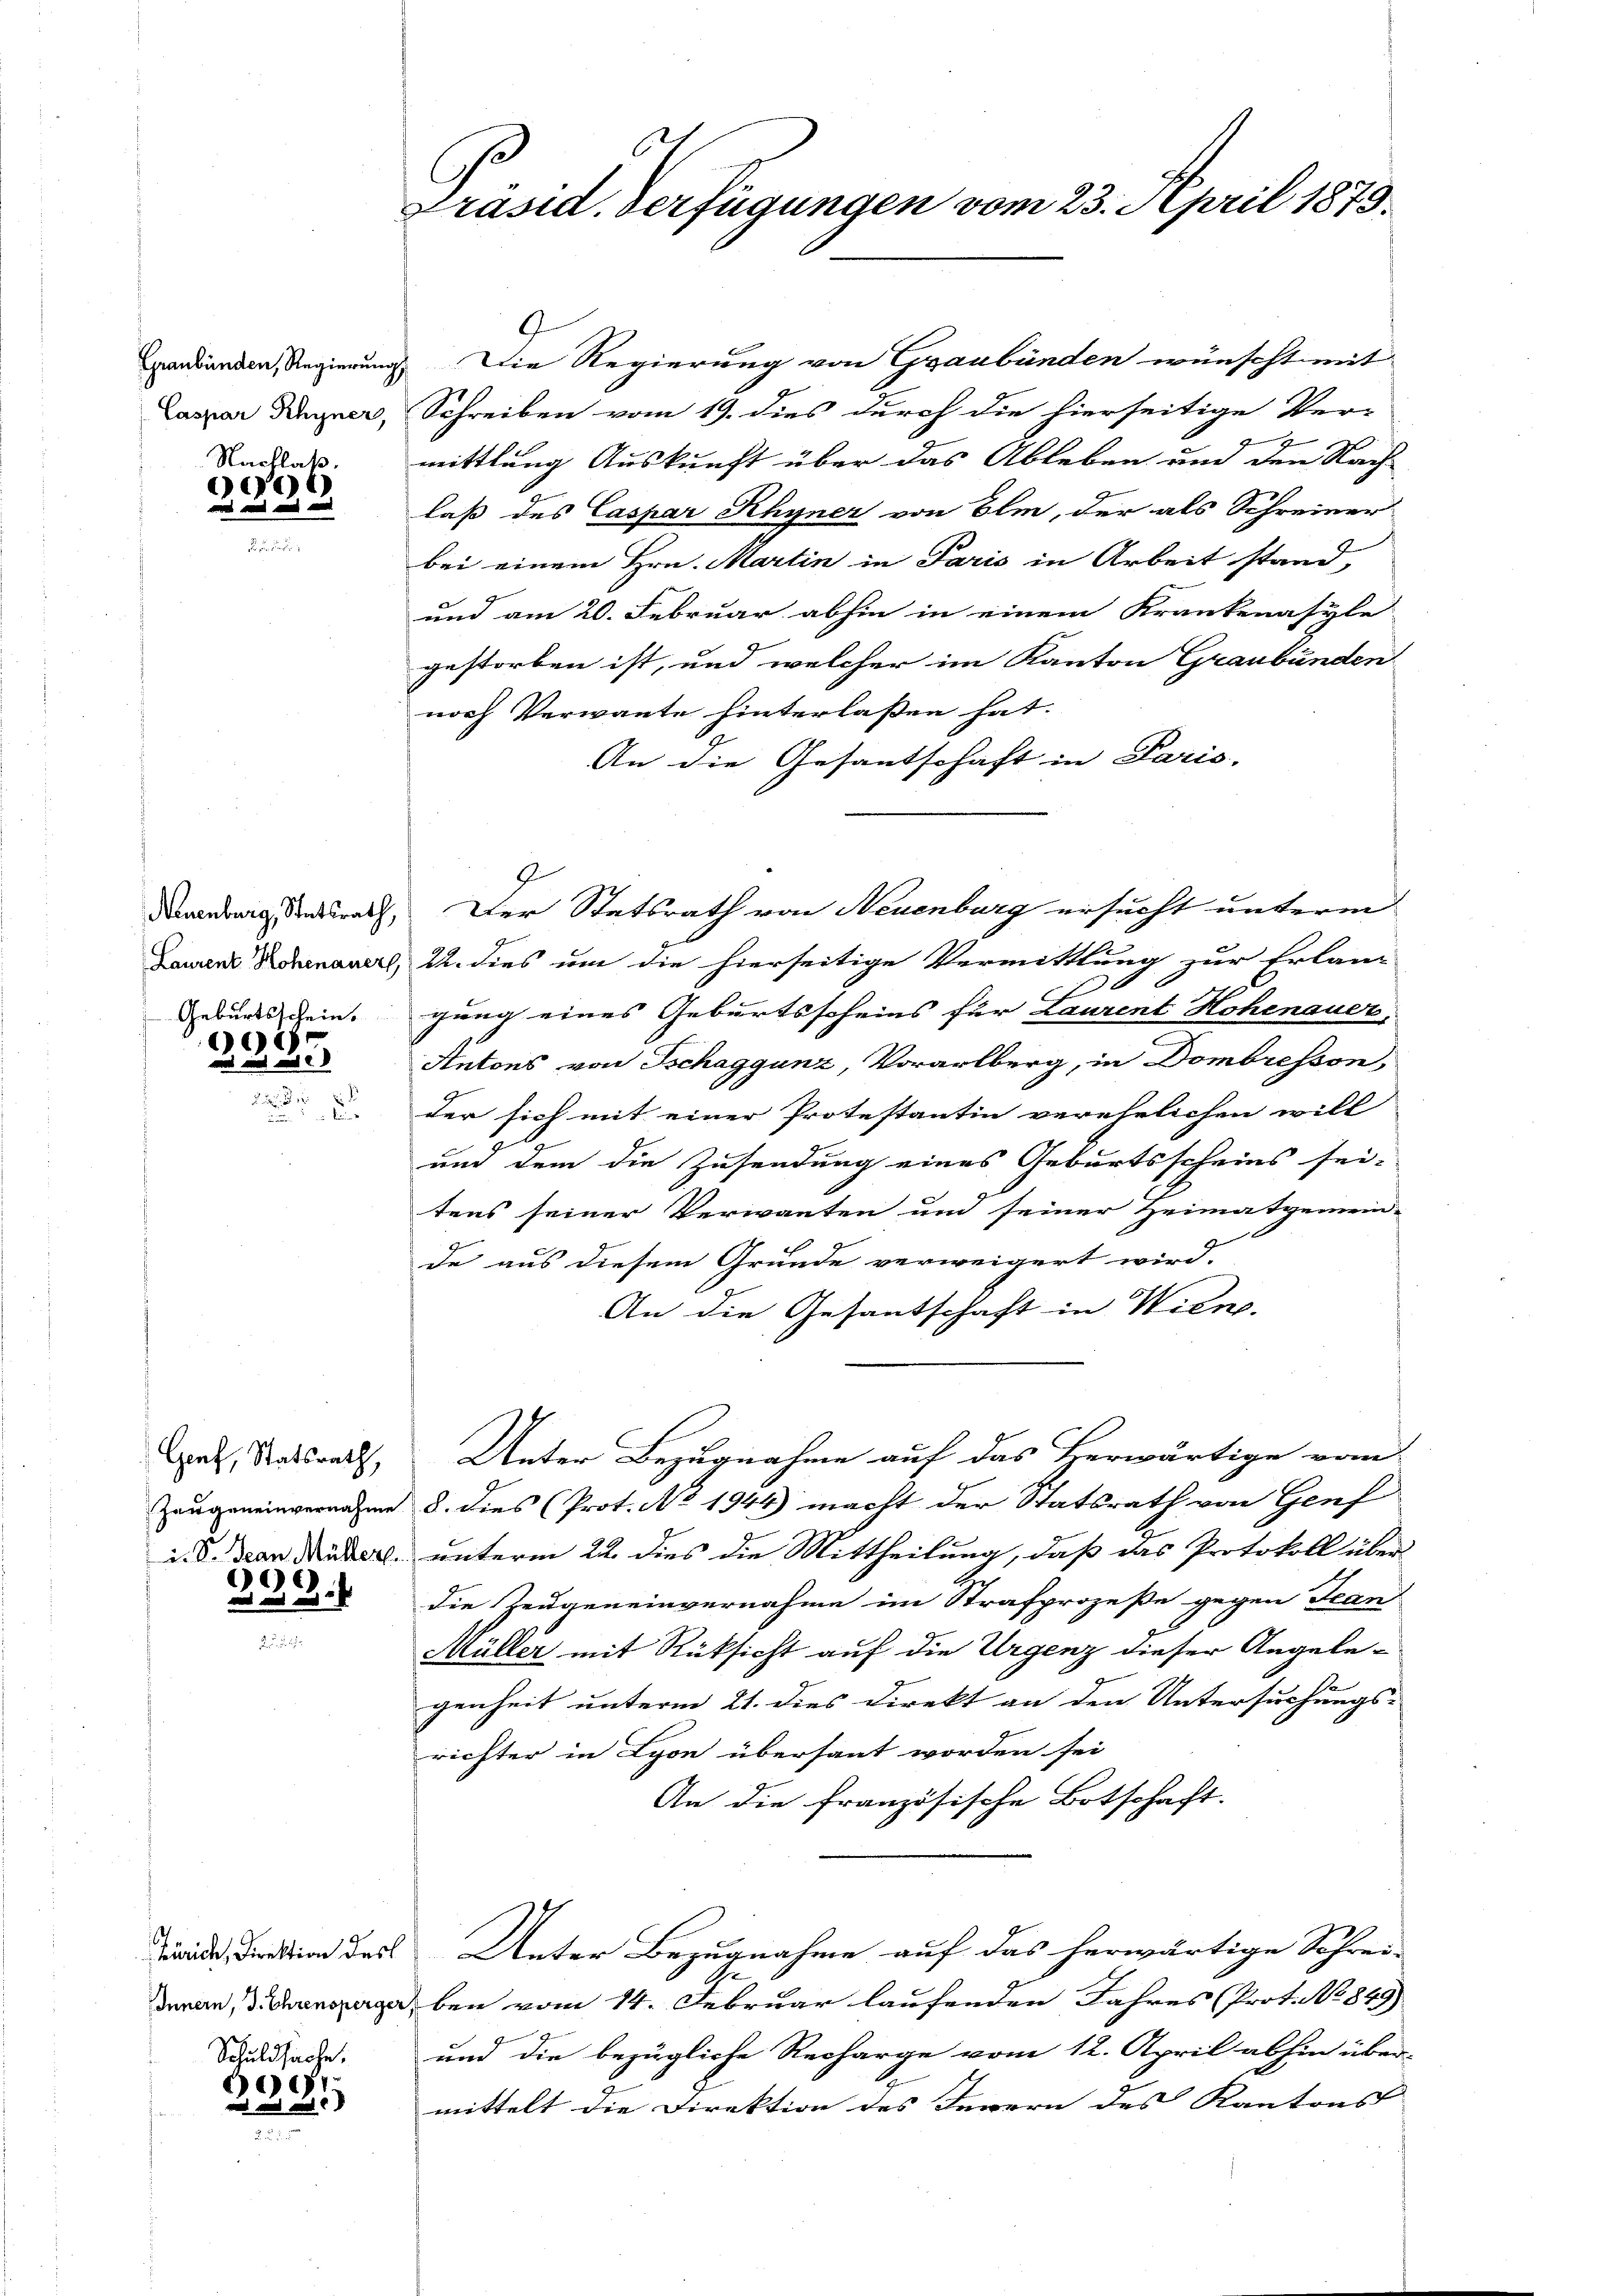
Graubünden, Regierung
Caspar Rhyner,
Nachlaß.

01)
d

Neuenburg, Statsrath,
Geburtsschein.

1018

Genf, Statsrath,

)
6

 mi

Zürich, Direktion des

Schuldsache.
9
)

Präsid. Verfügungen vom 23. April 1873.

Die Regierung von Graubünden wünscht mit
Schreiben vom 19. dies durch die hierseitige Ver-
E
mittlung Auskunft über das Ableben um den Nach-
laß des Caspar Rhyner von Elm, der als Schreiner
bei einem Hrn. Martin in Paris in Arbeit stand,
und am 20. Februar abhin in einem Krankenasyle
gestorben ist, und welcher im Kanton Graubünden
noch Verwante hinterlassen hat.
An die Gesandtschaft in Paris.
Lawin Komenauer, 22. dies um die hierseitige Vermittlung zur Erlan-
gung eines Geburtsscheins für Laurent Hohenauer,
Antons von Tschaggunz, Vorarlberg, in Dombresson,
der sich mit einer Protestantin verehelichen will
und dem die Zusendung eines Geburtsscheins sei-
tens seiner Verwanten und seiner Heimatgemein-
de aus diesem Grunde verweigert wird.
An die Gesantschaft in Wien.
Unter Bezugnahme auf das Herwärtige vom
Zeugeneinvernahme u. dies (Prot. No 1944) macht der Statsrath von Genf
i. d. dan Mutter unterm 22. dies die Mittheilung, daß das Protokoll über
die Zeugeneinvernahme im Strafprozeße gegen Jean
Müller mit Rüksicht auf die Urgenz dieser Angelegenheit unterm 21. dies Direkt an den Untersuchungs-
richter in Lyon übersaut worden sei
An die französische Botschaft.
Unter Bezugnahme auf das herwärtige Schrei-
e
daran, ergeben vom 14. Februar laufenden Jahres (Protoo 849)
und die bezügliche Recharge vom 12. April abhin über-
mittelt die Direktion des Innern des Kantons |

Der Statsrath von Neuenburg ersucht unterm